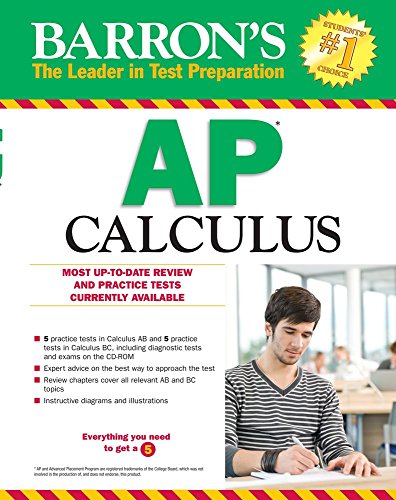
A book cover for Barron's AP Calculus, 13th Edition; David Bock M.S.; Test Preparation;